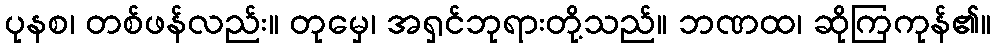
ပုနစ၊ တစ်ဖန်လည်း။ တုမှေ၊ အရှင်ဘုရားတို့သည်။ ဘဏထ၊ ဆိုကြကုန်၏။